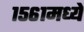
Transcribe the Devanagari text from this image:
१५६१मध्ये